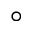
^ { \circ }